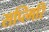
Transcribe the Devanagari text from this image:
सप्त्गिरि